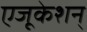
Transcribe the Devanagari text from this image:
एजूकेशन्